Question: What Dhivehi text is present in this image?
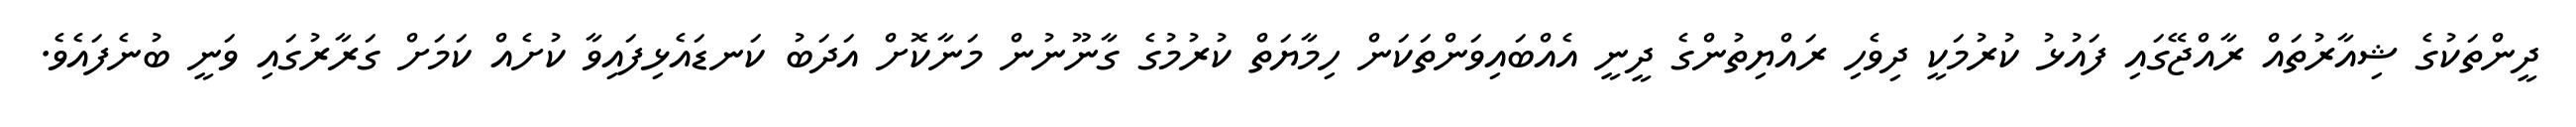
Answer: ދީންތަކުގެ ޝިއާރުތައް ރާއްޖޭގައި ފައުޅު ކުރުމަކީ ދިވެހި ރައްޔިތުންގެ ދީނީ އެއްބައިވަންތަކަން ހިމާޔަތް ކުރުމުގެ ގާނޫނުން މަނާކޮށް އަދަބު ކަނޑައެޅިފައިވާ ކުށެއް ކަމަށް ގަރާރުގައި ވަނީ ބުނެފައެވެ.